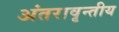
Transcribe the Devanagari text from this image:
अंतरावृन्तीय